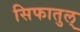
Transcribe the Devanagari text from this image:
सिफातुल्